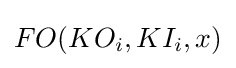
FO(KO_{i},KI_{i},x)